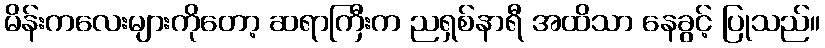
မိန်းကလေးများကိုတော့ ဆရာကြီးက ညရှစ်နာရီ အထိသာ နေခွင့် ပြုသည်။